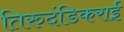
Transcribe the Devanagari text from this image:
तिरुदंडिकराई